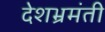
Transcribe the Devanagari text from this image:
देशभ्रमंती